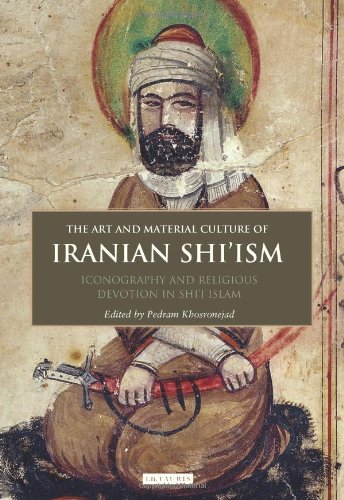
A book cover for The Art and Material Culture of Iranian Shi'ism: Iconography and Religious Devotion in Shi'i Islam (International Library of Iranian Studies); Pedram Khosronejad; Religion & Spirituality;